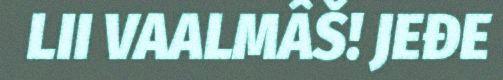
LII VAALMÂŠ! JEĐE